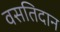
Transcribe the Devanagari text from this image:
वसतिदान